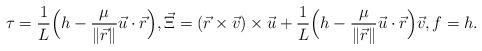
LaTeX: \begin{align*} \tau =\frac{1}{L}\Bigl(h-\frac{\mu}{\lVert \vec r\rVert} \vec u\cdot\vec r\Bigr), \vec \Xi= (\vec r\times \vec v)\times\vec u +\frac{1}{L}\Bigl(h-\frac{\mu}{\lVert \vec r\rVert} \vec u\cdot\vec r\Bigr)\vec v, f=h.\end{align*}